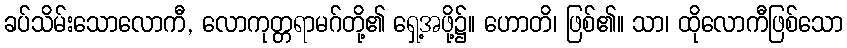
ခပ်သိမ်းသောလောကီ, လောကုတ္တရာမဂ်တို့၏ ရှေ့အဖို့၌။ ဟောတိ၊ ဖြစ်၏။ သာ၊ ထိုလောကီဖြစ်သော